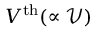
V ^ { \mathrm { t h } } ( \propto \mathcal { V } )